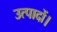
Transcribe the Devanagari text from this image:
उत्पादों।